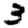
Digit: 3